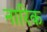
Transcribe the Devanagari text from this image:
नारिक